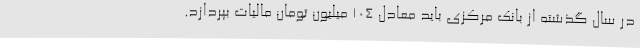
در سال گذشته از بانک مرکزی باید معادل ۱۰۴ میلیون تومان مالیات بپردازد.